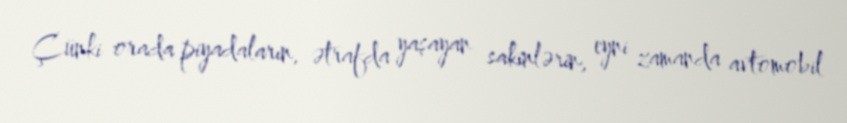
Çünki orada piyadaların, ətrafda yaşayan sakinlərin, eyni zamanda avtomobil